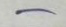
-